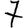
Digit: 7